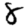
Digit: 8